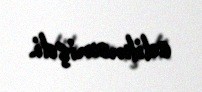
edilməmişdi.